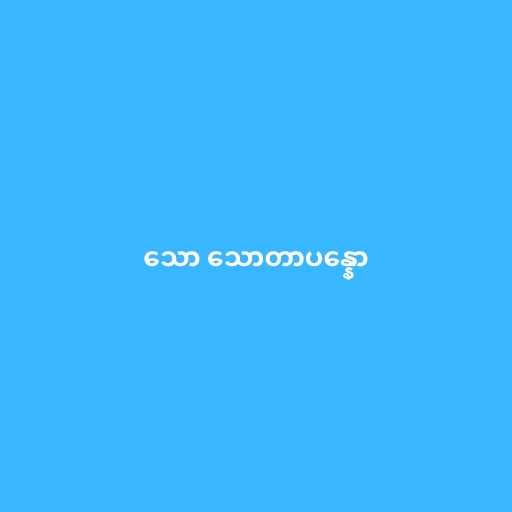
သော သောတာပန္နော